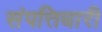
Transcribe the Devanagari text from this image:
संपत्तिधारी